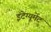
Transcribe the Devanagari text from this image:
इंटेग्यूमेंट